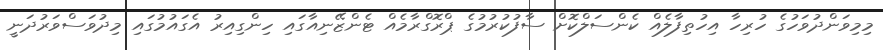
މިމިވަންދުވަހުގެ ހުރިހާ އިހުތިފާލެއް ކެންސަލްކޮށް ސާފުކުރުމުގެ ޕްރޮގްރާމެއް ޓެންޒޭނިއާގައި ހިންގިއިރު އެގައުމުގައި މިދުވަސްވަރުދަނީ